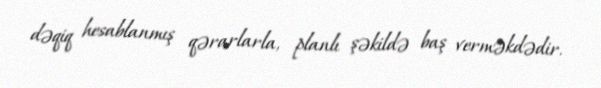
dəqiq hesablanmış qərarlarla, planlı şəkildə baş verməkdədir.